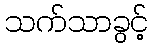
သက်သာခွင့်